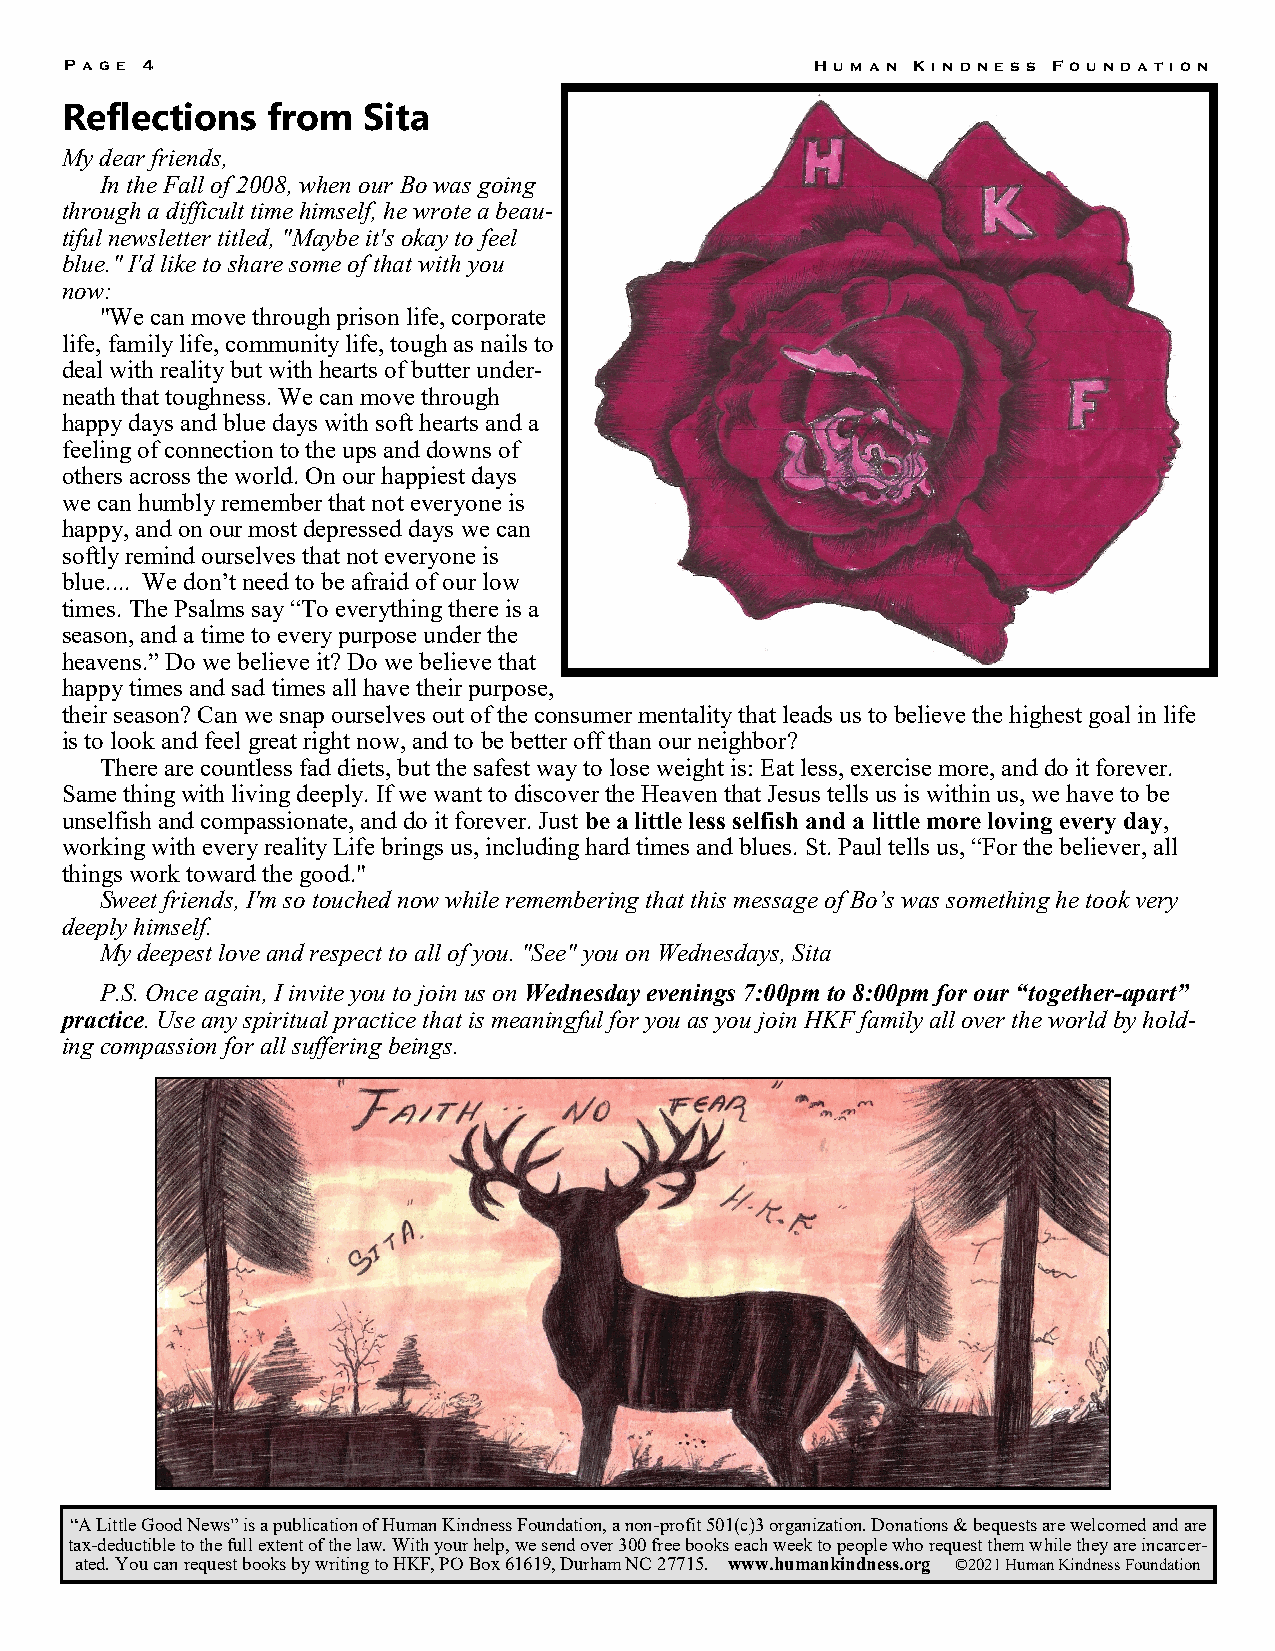
P ag e 4                                          Hum an K i nd nes s Found at i on
 Reflections   from  Sita
 My dear friends,
 In the Fall of 2008, when our Bo was going
 through a difficult time himself, he wrote a beau-
 tiful newsletter titled, "Maybe it's okay to feel
 blue." I'd like to share some of that with you
 now:
 "We can move through prison life, corporate
 life, family life, community life, tough as nails to
 deal with reality but with hearts of butter under-
 neath that toughness. We can move through
 happy days and blue days with soft hearts and a
 feeling of connection to the ups and downs of
 others across the world. On our happiest days
 we can humbly remember that not everyone is
 happy, and on our most depressed days we can
 softly remind ourselves that not everyone is
 blue.... We don’t need to be afraid of our low
 times. The Psalms say “To everything there is a
 season, and a time to every purpose under the
 heavens.” Do we believe it? Do we believe that
 happy times and sad times all have their purpose,
 their season? Can we snap ourselves out of the consumer mentality that leads us to believe the highest goal in life
 is to look and feel great right now, and to be better off than our neighbor?
 There are countless fad diets, but the safest way to lose weight is: Eat less, exercise more, and do it forever.
 Same thing with living deeply. If we want to discover the Heaven that Jesus tells us is within us, we have to be
 unselfish and compassionate, and do it forever. Just be a little less selfish and a little more loving every day,
 working with every reality Life brings us, including hard times and blues. St. Paul tells us, “For the believer, all
 things work toward the good."
 Sweet friends, I'm so touched now while remembering that this message of Bo’s was something he took very
 deeply himself.
 My deepest love and respect to all of you. "See" you on Wednesdays, Sita
 P.S. Once again, I invite you to join us on Wednesday evenings 7:00pm to 8:00pm for our “together-apart”
 practice. Use any spiritual practice that is meaningful for you as you join HKF family all over the world by hold-
 ing compassion for all suffering beings.
 “A Little Good News” is a publication of Human Kindness Foundation, a non-profit 501(c)3 organization. Donations & bequests are welcomed and are
 tax-deductible to the full extent of the law. With your help, we send over 300 free books each week to people who request them while they are incarcer-
 ated. You can request books by writing to HKF, PO Box 61619, Durham NC 27715. www.humankindness.org ©2021 Human Kindness Foundation